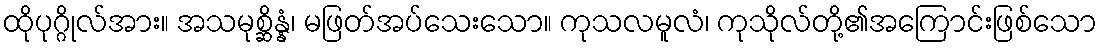
ထိုပုဂ္ဂိုလ်အား။ အသမုစ္ဆိန္နံ၊ မဖြတ်အပ်သေးသော။ ကုသလမူလံ၊ ကုသိုလ်တို့၏အကြောင်းဖြစ်သော